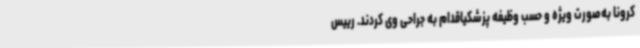
کرونا به‌صورت ویژه و حسب وظیفه پزشکیاقدام به جراحی وی کردند. رییس